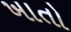
ખાતો